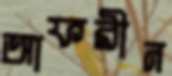
আফরীন